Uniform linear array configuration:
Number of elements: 16
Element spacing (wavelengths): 0.25
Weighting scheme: blackman
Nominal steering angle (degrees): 15
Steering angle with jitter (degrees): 16.132
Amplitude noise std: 0.05
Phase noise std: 0.05

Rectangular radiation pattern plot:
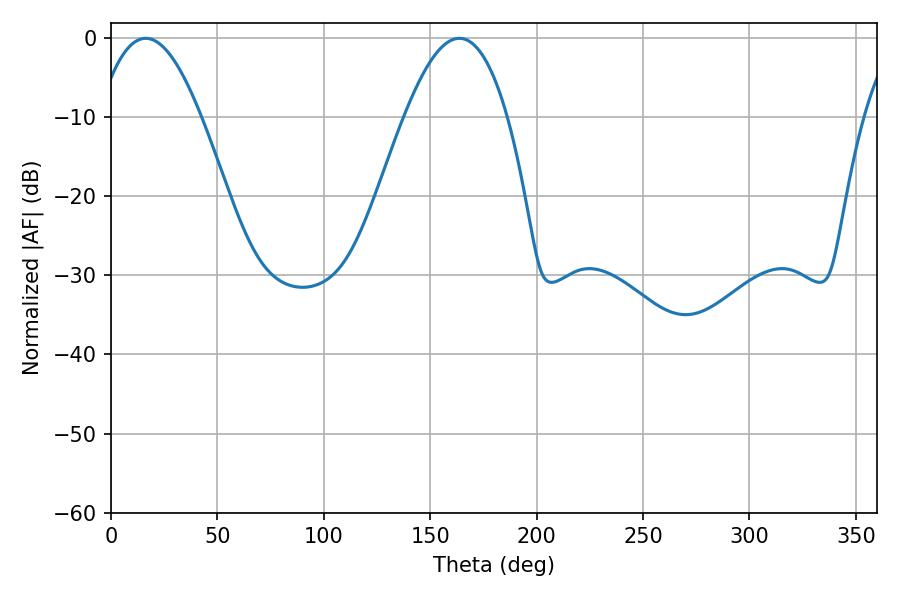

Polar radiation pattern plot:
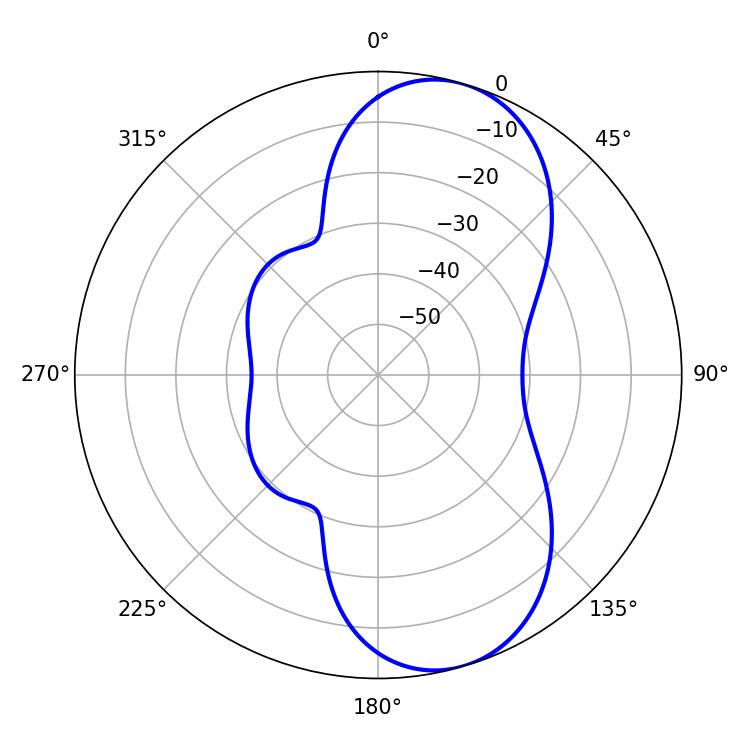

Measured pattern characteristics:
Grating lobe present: FALSE
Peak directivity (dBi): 8.336
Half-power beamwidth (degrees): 26.46
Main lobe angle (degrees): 16.38